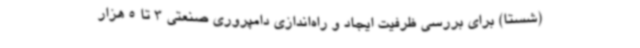
(شستا) برای بررسی ظرفیت ایجاد و راه‌اندازی دامپروری صنعتی 3 تا 5 هزار